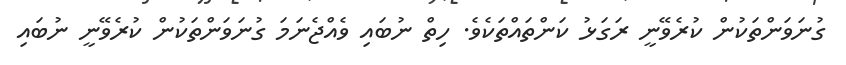
ގުނަވަންތަކުން ކުރެވޭނީ ރަގަޅު ކަންތައްތަކެވެ. ހިތް ނުބައި ވެއްޖެނަމަ ގުނަވަންތަކުން ކުރެވޭނީ ނުބައި